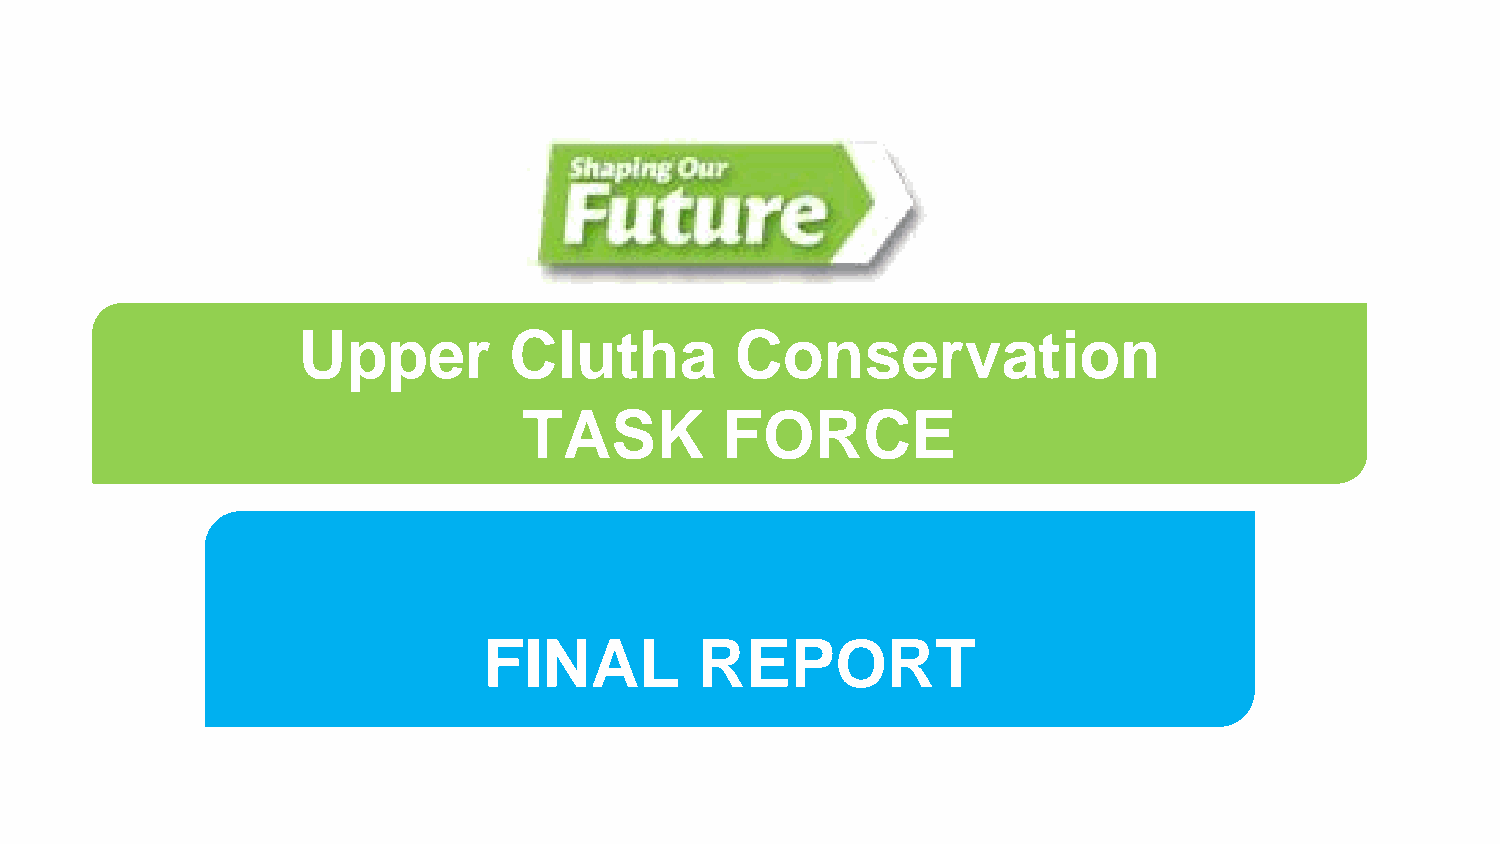
Upper         Clutha         Conservation
 TASK         FORCE
 FINAL         REPORT